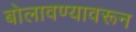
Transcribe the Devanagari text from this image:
बोलावण्यावरून